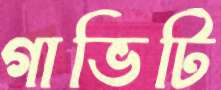
গাভিটি